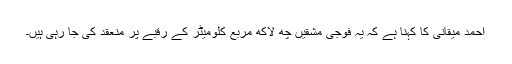
احمد میقانی کا کہنا ہے کہ یہ فوجی مشقیں چھ لاکھ مربع کلومیٹر کے رقبے پر منعقد کی جا رہی ہیں۔